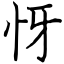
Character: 㤉